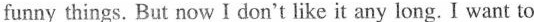
funny things. But now I don't like it any long. I want to